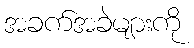
အခက်အခဲများကို